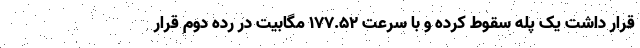
قرار داشت یک پله سقوط کرده و با سرعت ۱۷۷.۵۲ مگابیت در رده دوم قرار